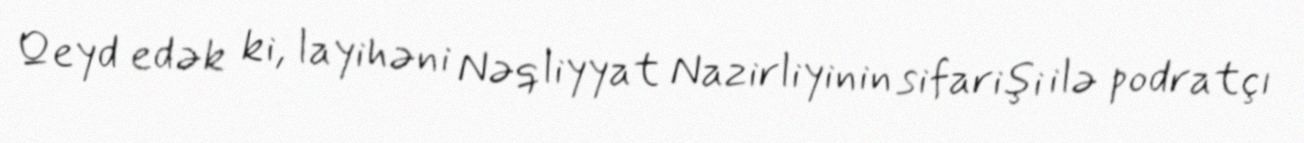
Qeyd edək ki, layihəni Nəqliyyat Nazirliyinin sifarişi ilə podratçı